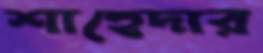
শাহেদার